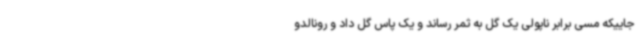
جاییکه مسی برابر ناپولی یک گل به ثمر رساند و یک پاس گل داد و رونالدو